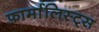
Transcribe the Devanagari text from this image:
फ़ार्मालिस्ट्स